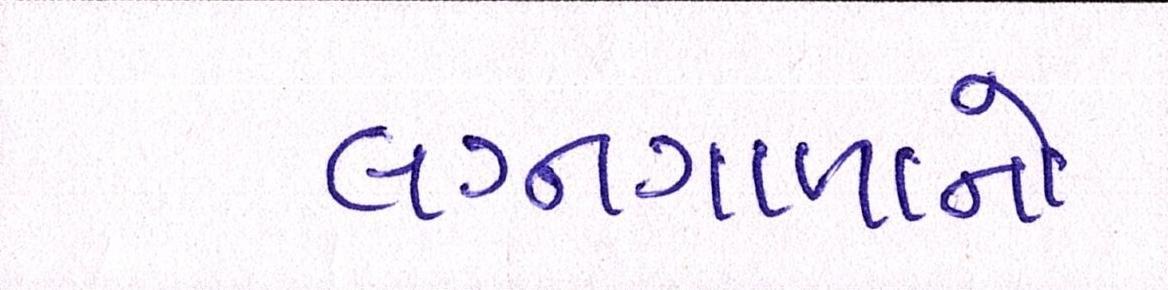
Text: લગ્નગાળાનો